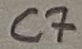
Text: C7